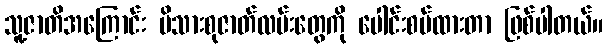
သူ့ဇာတိအကြောင်း မိသားစုဇာတ်လမ်းတွေကို ပေါင်းစပ်ထားတာ ဖြစ်ပါတယ်။